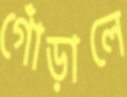
গোঁড়ালে